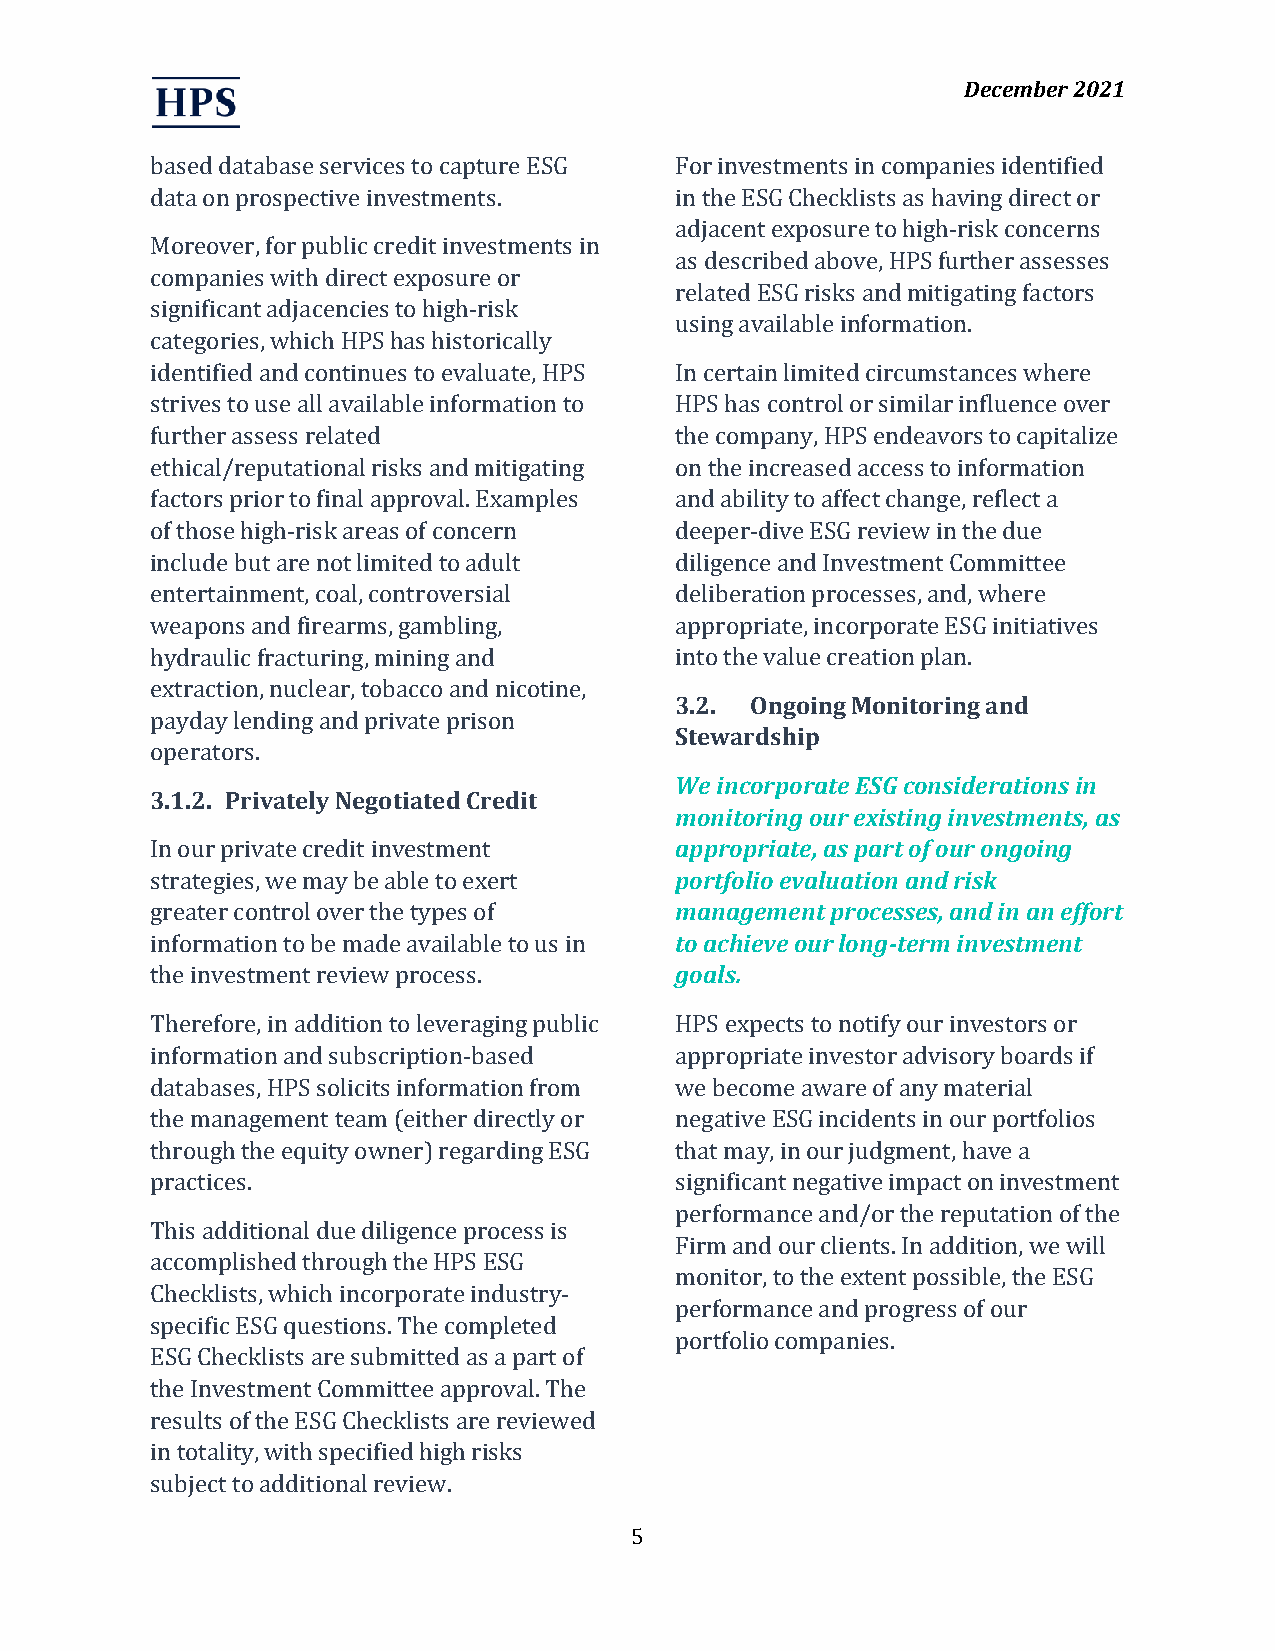
December 2021
 based database services to capture ESG For investments in companies identified
 data on prospective investments.   in the ESG Checklists as having direct or
 adjacent exposure to high-risk concerns
 Moreover, for public credit investments in
 as described above, HPS further assesses
 companies with direct exposure or
 related ESG risks and mitigating factors
 significant adjacencies to high-risk
 using available information.
 categories, which HPS has historically
 identified and continues to evaluate, HPS In certain limited circumstances where
 strives to use all available information to HPS has control or similar influence over
 further assess related             the company, HPS endeavors to capitalize
 ethical/reputational risks and mitigating on the increased access to information
 factors prior to final approval. Examples and ability to affect change, reflect a
 of those high-risk areas of concern deeper-dive ESG review in the due
 include but are not limited to adult diligence and Investment Committee
 entertainment, coal, controversial deliberation processes, and, where
 weapons and firearms, gambling,    appropriate, incorporate ESG initiatives
 hydraulic fracturing, mining and   into the value creation plan.
 extraction, nuclear, tobacco and nicotine,
 3.2. Ongoing Monitoring and
 payday lending and private prison
 Stewardship
 operators.
 We incorporate ESG considerations in
 3.1.2. Privately Negotiated Credit
 monitoring our existing investments, as
 In our private credit investment   appropriate, as part of our ongoing
 strategies, we may be able to exert portfolio evaluation and risk
 greater control over the types of  management processes, and in an effort
 information to be made available to us in to achieve our long-term investment
 the investment review process.     goals.
 Therefore, in addition to leveraging public HPS expects to notify our investors or
 information and subscription-based appropriate investor advisory boards if
 databases, HPS solicits information from we become aware of any material
 the management team (either directly or negative ESG incidents in our portfolios
 through the equity owner) regarding ESG that may, in our judgment, have a
 practices.                         significant negative impact on investment
 performance and/or the reputation of the
 This additional due diligence process is
 Firm and our clients. In addition, we will
 accomplished through the HPS ESG
 monitor, to the extent possible, the ESG
 Checklists, which incorporate industry-
 performance and progress of our
 specific ESG questions. The completed
 portfolio companies.
 ESG Checklists are submitted as a part of
 the Investment Committee approval. The
 results of the ESG Checklists are reviewed
 in totality, with specified high risks
 subject to additional review.
 5